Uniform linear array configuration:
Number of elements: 64
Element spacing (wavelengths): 0.5
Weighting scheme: blackman
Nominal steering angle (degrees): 15
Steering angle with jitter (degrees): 15.132
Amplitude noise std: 0.05
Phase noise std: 0.05

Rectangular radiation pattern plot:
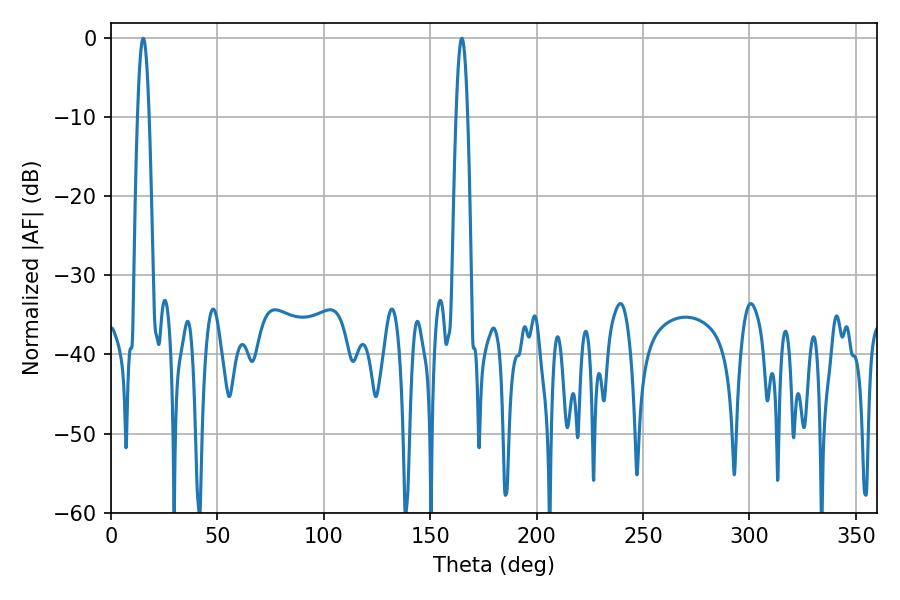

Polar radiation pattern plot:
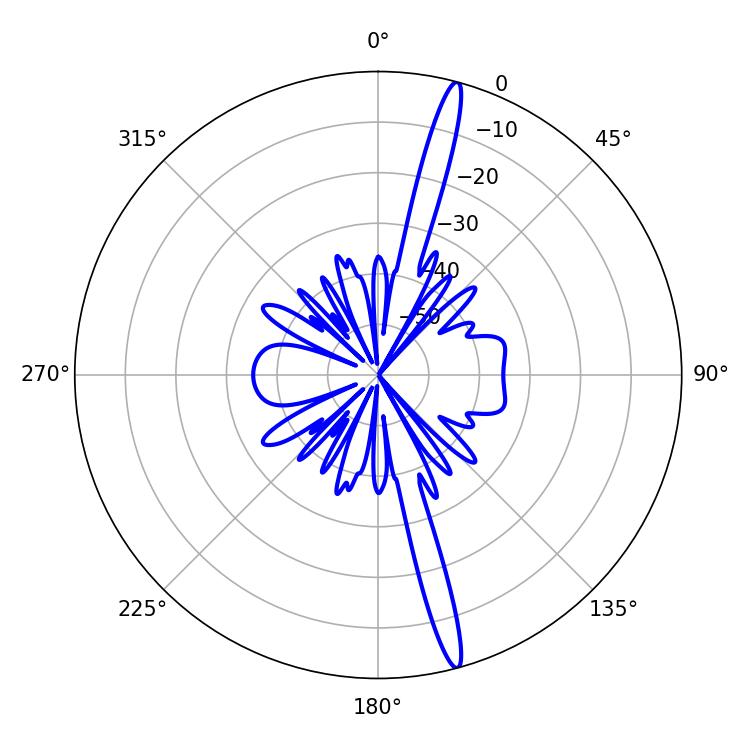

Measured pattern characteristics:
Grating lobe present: FALSE
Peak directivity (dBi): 18.245
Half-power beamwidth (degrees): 2.88
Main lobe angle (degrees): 15.12